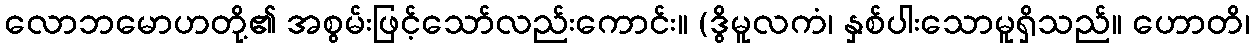
လောဘမောဟတို့၏ အစွမ်းဖြင့်သော်လည်းကောင်း။ (ဒွိမူလကံ၊ နှစ်ပါးသောမူရှိသည်။ ဟောတိ၊